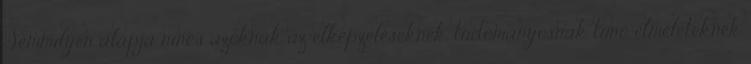
Semmilyen alapja nincs azoknak az elképzeléseknek, tudományosnak tűnő elméleteknek